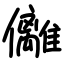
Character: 㒧